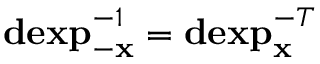
\mathbf { d e x p } _ { - \mathbf { x } } ^ { - 1 } = \mathbf { d e x p } _ { \mathbf { x } } ^ { - T }